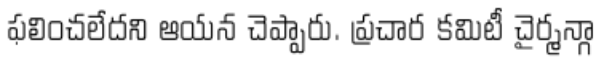
ఫలించలేదని ఆయన చెప్పారు. ప్రచార కమిటీ చైర్మన్గా